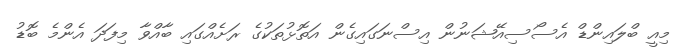
މިއީ ބްލައިންޑް އެސޯސިއޭޝަނުން އިސްނަގައިގެން އަތޮޅުތަކުގެ ރަށެއްގައި ބާއްވާ މިފަދަ އެންމެ ބޮޑު